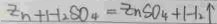
Z n + H _ { 2 } S O _ { 4 } = Z n S O _ { 4 } + H _ { 2 } \uparrow